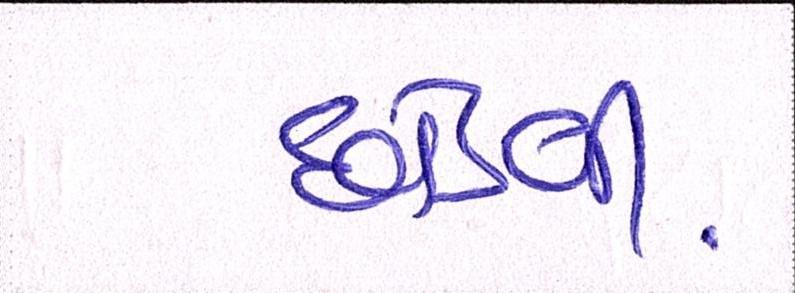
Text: છોડવી